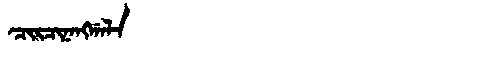
Manchu: ᠴᡳᡵᠴᡳᠨᠠᠩᡤᠠᠯᠠ
Romanization: CIRCINANGGALA